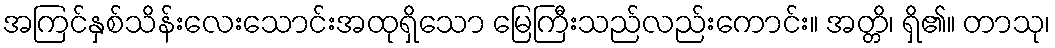
အကြင်နှစ်သိန်းလေးသောင်းအထုရှိသော မြေကြီးသည်လည်းကောင်း။ အတ္တိ၊ ရှိ၏။ တာသု၊